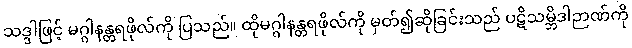
သဒ္ဒါဖြင့် မဂ္ဂါနန္တရဖိုလ်ကို ပြသည်။ ထိုမဂ္ဂါနန္တရဖိုလ်ကို မှတ်၍ဆိုခြင်းသည် ပဋိသမ္ဘိဒါဉာဏ်ကို